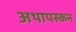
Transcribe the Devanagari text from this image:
अथापस्कन